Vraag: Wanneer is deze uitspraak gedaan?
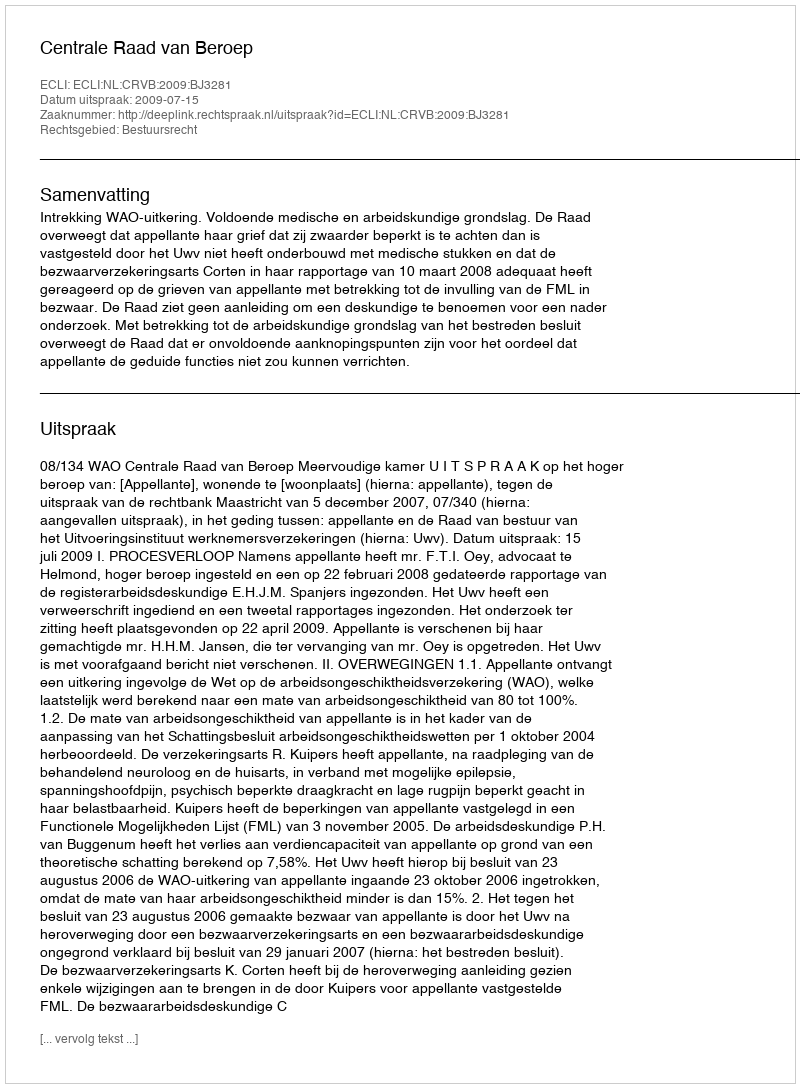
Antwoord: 2009-07-15